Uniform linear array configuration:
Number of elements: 24
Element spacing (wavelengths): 0.25
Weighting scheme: hamming
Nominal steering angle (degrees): -60
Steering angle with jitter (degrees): -59.8
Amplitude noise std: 0.05
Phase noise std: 0.05

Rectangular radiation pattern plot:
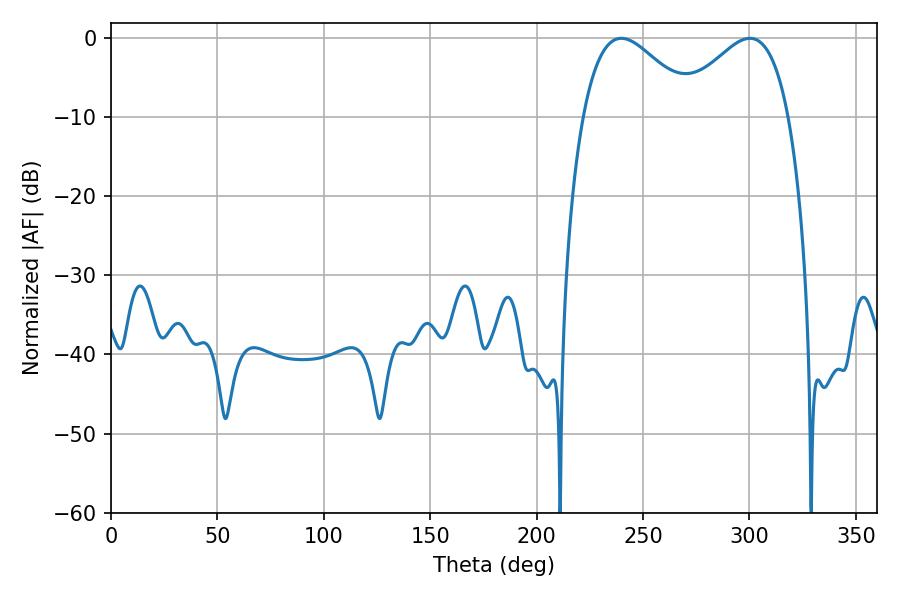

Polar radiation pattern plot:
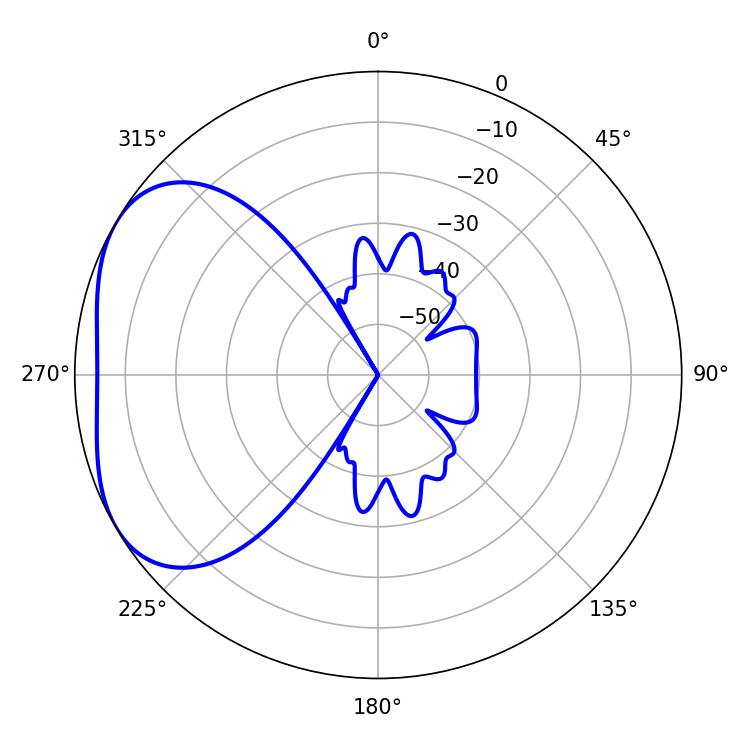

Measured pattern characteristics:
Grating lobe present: FALSE
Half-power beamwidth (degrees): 28.44
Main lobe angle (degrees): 239.76